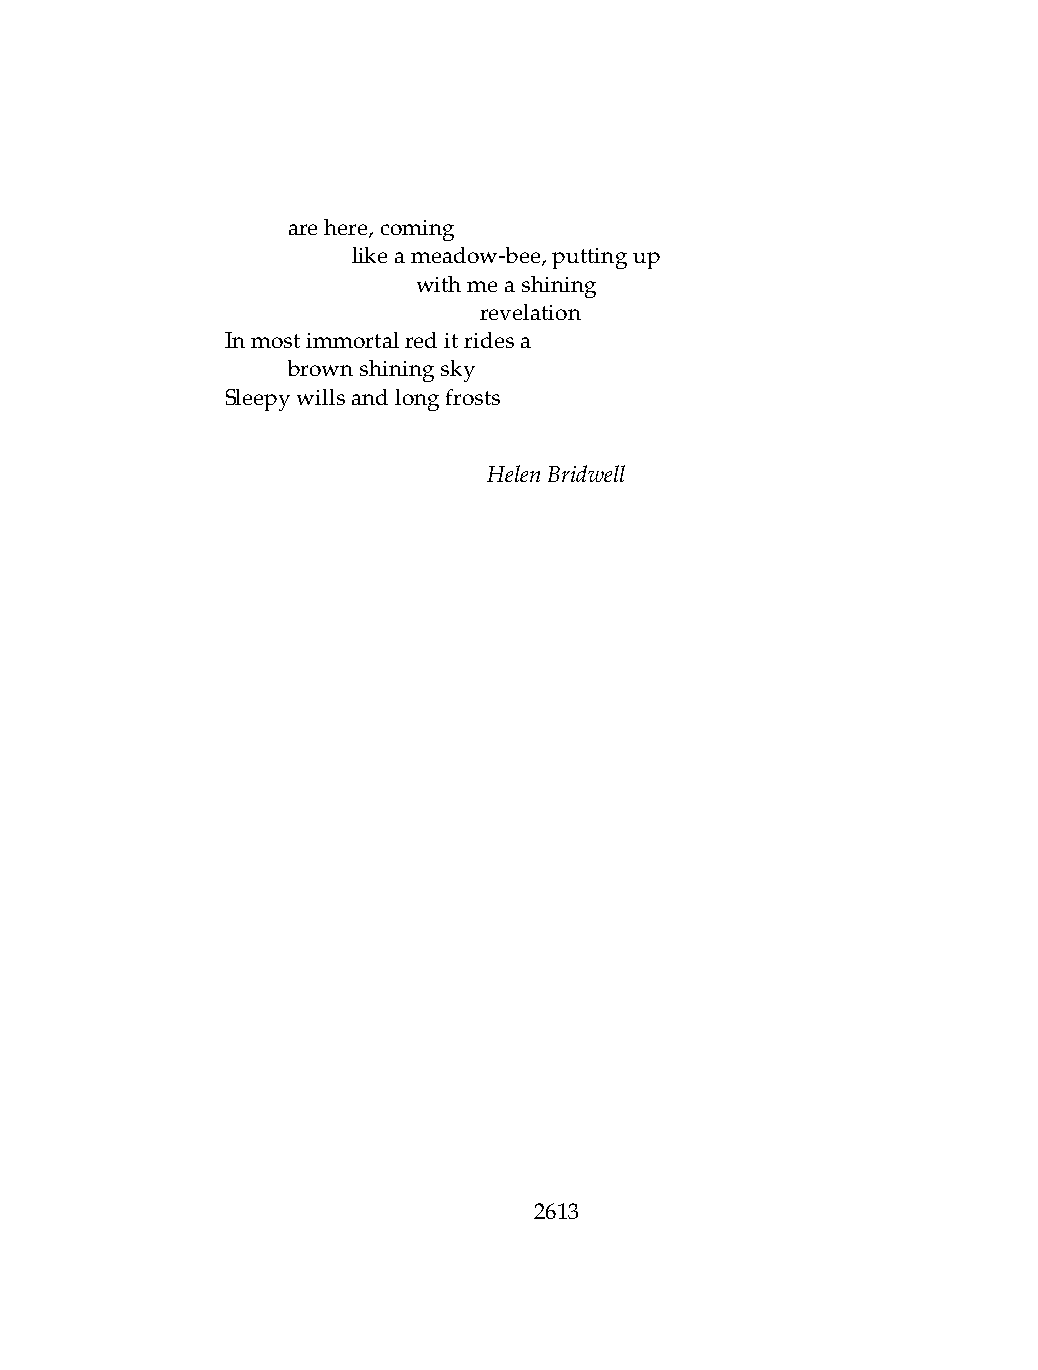
.   arehere,coming
 .   .   likeameadow-bee,puttingup
 .   .   .    withmeashining
 .   .   .    .   revelation
 Inmostimmortalreditridesa
 .   brownshiningsky
 Sleepywillsandlongfrosts
 HelenBridwell
 2613